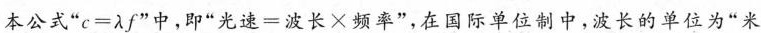
本公式”$$c = λ f$$”中，即“光速=波长×频率”，在国际单位制中，波长的单位为”米